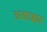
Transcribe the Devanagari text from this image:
अद्याक्षर